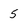
Character: 5